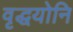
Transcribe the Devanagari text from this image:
वृद्धयोनि